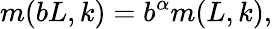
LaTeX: m(bL,k)=b^{\alpha}m(L,k),